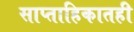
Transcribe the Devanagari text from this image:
साप्ताहिकातही